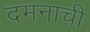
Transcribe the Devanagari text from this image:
दमनाची